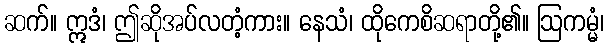
ဆက်။ ဣဒံ၊ ဤဆိုအပ်လတံ့ကား။ နေသံ၊ ထိုကေစိဆရာတို့၏။ ဩကမ္မံ၊